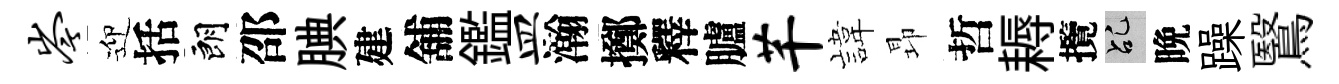
岑迎括朗邵腆建舖鑑皿瀚擲釋臚芊旗昻哲耨攬乩晩躁鷖